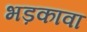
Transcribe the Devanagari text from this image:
भड़कावा